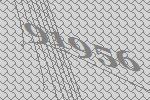
91956